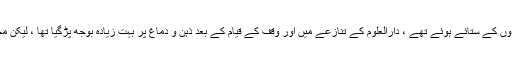
مولانا اپنے دوستوں ، ساتھیوں اور شاگردوں کے ستائے ہوئے تھے ، دارالعلوم کے تنازعے میں اور وقف کے قیام کے بعد ذہن و دماغ پر بہت زیادہ بوجھ پڑگیا تھا ، لیکن مجال تھی جو حرف شکایت زبان پر لاتے ۔